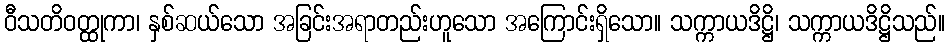
ဝီသတိဝတ္ထုကာ၊ နှစ်ဆယ်သော အခြင်းအရာတည်းဟူသော အကြောင်းရှိသော။ သက္ကာယဒိဋ္ဌိ၊ သက္ကာယဒိဋ္ဌိသည်။